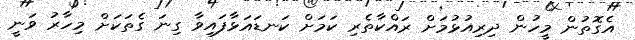
އެގޮތުން މީހުން ދިރިއުޅުމަށް ރައްކާތެރި ކަމަށް ކަނޑައަޅާފައިވާ ގިނަ ގެތަކަށް މިހާރު ވަނީ